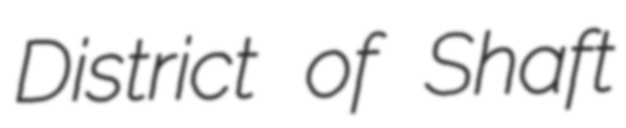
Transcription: District of Shaft